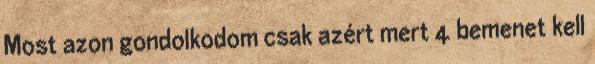
Most azon gondolkodom csak azért mert 4 bemenet kell